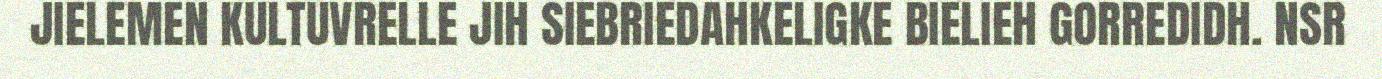
JIELEMEN KULTUVRELLE JIH SIEBRIEDAHKELIGKE BIELIEH GORREDIDH. NSR